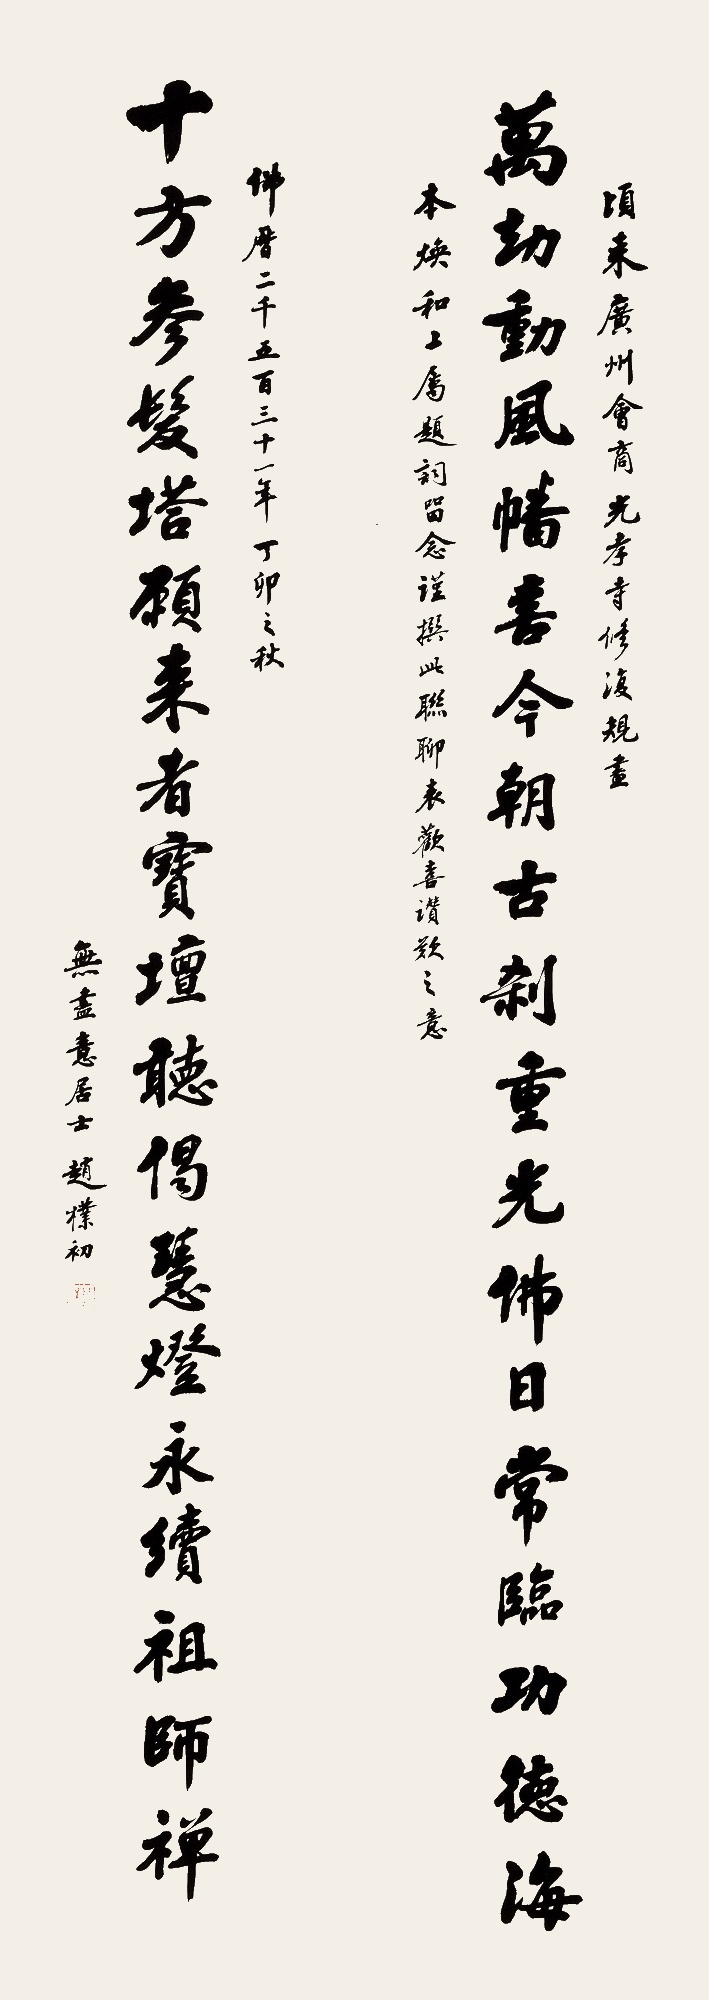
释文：万劫动风幡，喜今朝古刹重光，佛日常临功德海；十方参发塔，愿来者宝坛听偈，慧灯永续祖师禅。顷来广州会商光孝寺修复规尽，本焕和上属题词留念，谨撰此联聊表欢喜赞叹之意。佛历二千五百三十一年丁卯之秋，无尽意居士赵朴初。